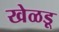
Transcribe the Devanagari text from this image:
खेळडू